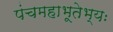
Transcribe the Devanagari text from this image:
पंचमहाभूतेभ्यः